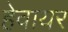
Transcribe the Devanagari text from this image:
हेवायर